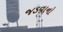
જડવાનો